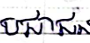
ប្រជាជន